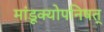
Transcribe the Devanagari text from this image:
मांडूक्योपनिषत्